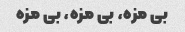
بی مزه، بی مزه، بی مزه